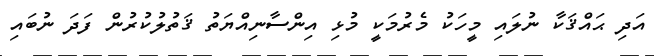
އަދި ޙައްޤަކާ ނުލައި މީހަކު މެރުމަކީ މުޅި އިންސާނިއްޔަތު ޤަތުލުކުރުން ފަދަ ނުބައި